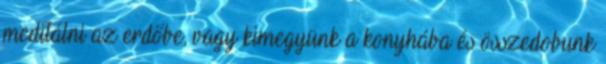
meditálni az erdőbe, vagy kimegyünk a konyhába és összedobunk